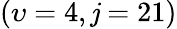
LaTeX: \left(\upsilon=4,\mathit{j}=21\right)